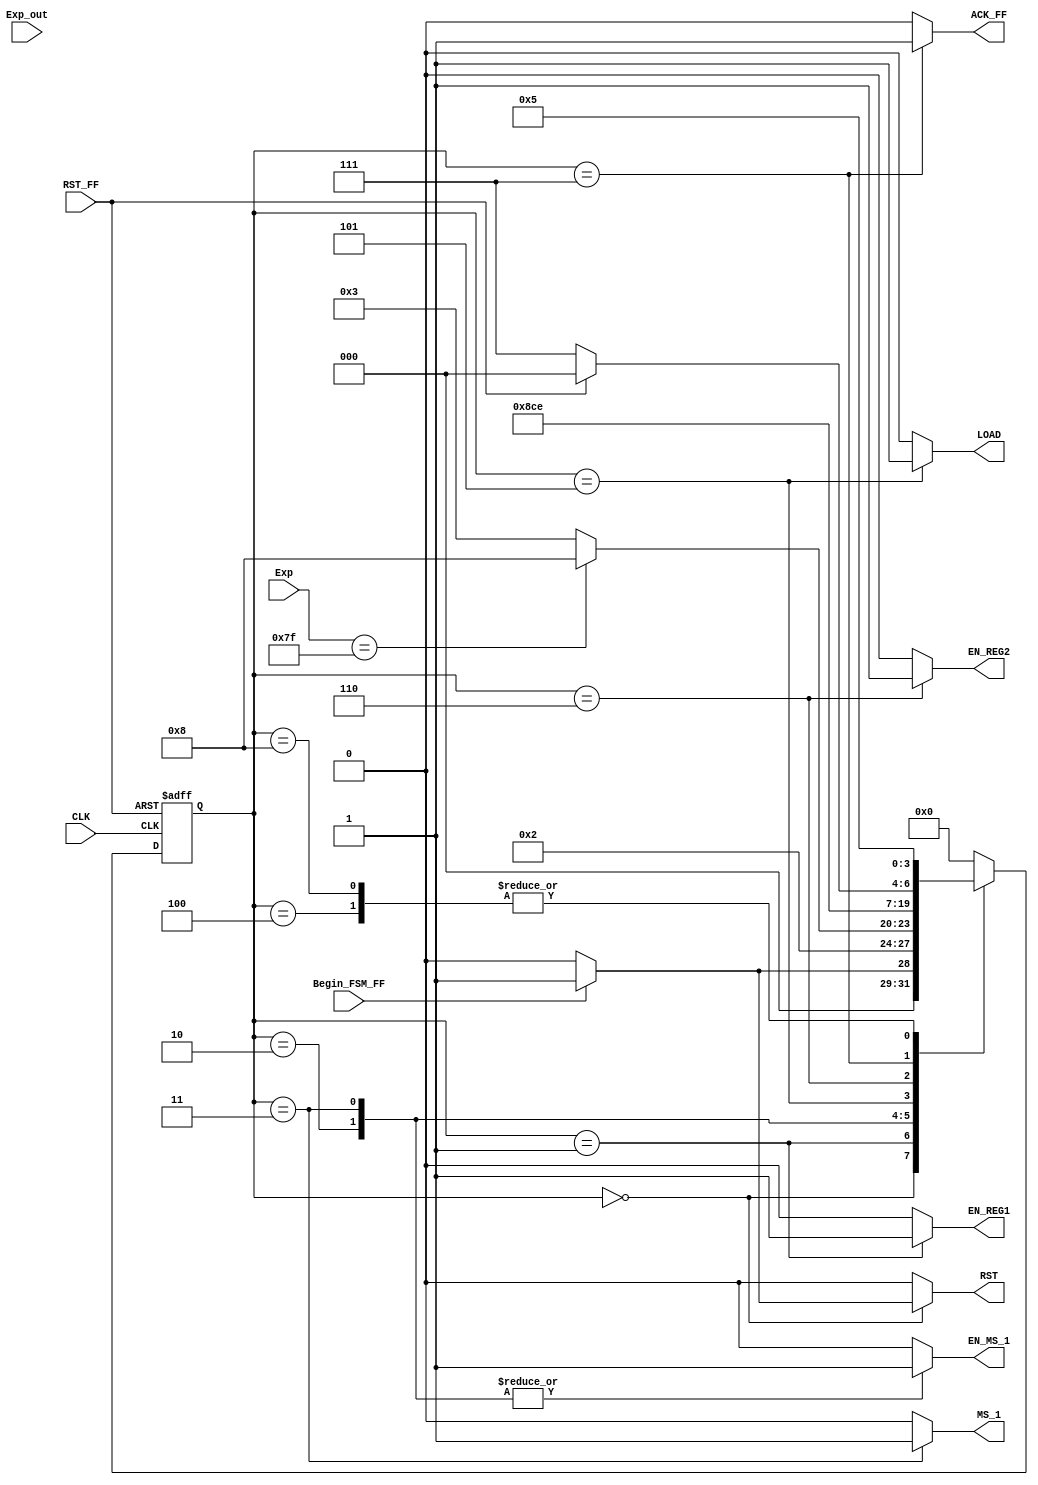
module FSM_Convert_Float_To_Fixed(
		
    //INPUTS
    input wire CLK, //system clock
    input wire RST_FF, //system reset 
    input wire Exp_out, // INDICA SI EL VALOR DEL EXPONENTE ES MAYOR QUE 127 
    input wire Begin_FSM_FF, //inicia la maquina de estados 
    input wire [7:0] Exp, //CONTIENE EL EXPONENTE DEL NUMERO EN PUNTO FLOTANTE 
    // OUTPUTS		
    output reg EN_REG1, //ENABLE PARA EL REGISTRO QUE GUARDA EL NUMERO EN PUNTO FLOTANTE 
    output reg LOAD, //SELECCION PARA EL REGISTRO DE DESPLAZAMIENTOS 
    output reg MS_1, // SELECCION DEL MUX 1 (VALOR INICIAL DEL EXPONENTE , VALOR MODIFICADO DEL EXPONENTE)
    output reg ACK_FF, // INDICA QUE LA CONVERSION FUE REALIZADA
    output reg EN_MS_1,
    output reg EN_REG2,
    output reg RST
    );
        
parameter [3:0]  //se definen los estados que se utilizaran en la maquina
     a = 4'b0000,
     b = 4'b0001,
     c = 4'b0010,
     d = 4'b0011,
     e = 4'b0100,
     f = 4'b0101,
     g = 4'b0110,
     h = 4'b0111,
     i = 4'b1000;
					
reg [3:0] state_reg, state_next ; //state registers declaration

always @(posedge CLK, posedge RST_FF)
	
	if (RST_FF) begin
		state_reg <= a;	
	end
	
	else begin
		state_reg <= state_next;
	end

    always @*
    begin
        state_next = state_reg;    
        EN_REG1 = 1'b0;
        EN_REG2 = 1'b0;
        ACK_FF = 1'b0;
        EN_MS_1=1'b0;
        MS_1=1'b0;
        LOAD = 1'b0;
        RST = 1'b0;
        
        case(state_reg)
            a: 
            begin  
                if(Begin_FSM_FF) 
                    begin
                    RST = 1'b1;
                    ACK_FF = 1'b0;    
                    state_next = b;
                    end
                else
                    state_next = a;       
            end
                
            b: 
            begin
                EN_REG1 = 1'b1;    
                state_next = c;
            end
            
            c:
            begin
                EN_MS_1 = 1'b1;
                if(Exp == 8'b01111111)
                    state_next = i;
                else
                state_next = d;
            end
            
            d:
            begin
                EN_MS_1 = 1'b1;
                MS_1 = 1'b1;
                state_next = e;
            end
            
            e:
            begin
                state_next = f;
            end 
                   		
            f:
            begin
                LOAD = 1'b1;
                state_next = g;
            end
        
            g:
            begin
                EN_REG2 = 1'b1;
                state_next = h;
            end
                
            h:
            begin
                ACK_FF = 1'b1;
                if(RST_FF)
                     state_next = a;
                else
                    state_next = h;
            end
            
            i:
            begin
                
                state_next = f;
            end
               
       default:
       state_next=a;
       endcase
    end

endmodule